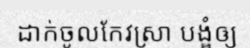
ដាក់ចូលកែវស្រា បង្ខំឲ្យ